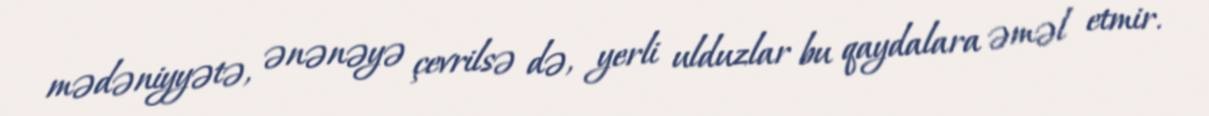
mədəniyyətə, ənənəyə çevrilsə də, yerli ulduzlar bu qaydalara əməl etmir.